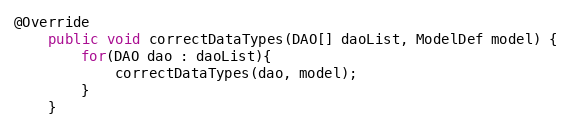
Language: Java
@Override
	public void correctDataTypes(DAO[] daoList, ModelDef model) {
		for(DAO dao : daoList){
			correctDataTypes(dao, model);
		}
	}